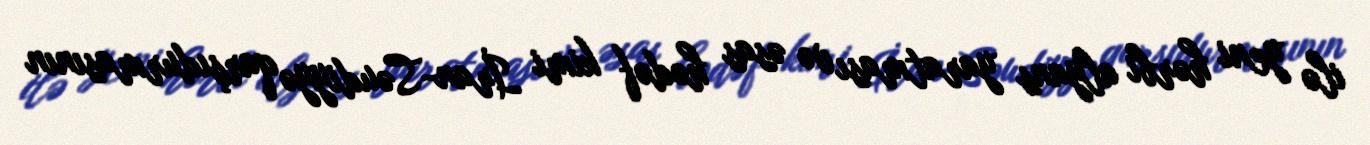
ilə yeni hərbi alyans yaratması və əsas hədəf kimi İran-Səudiyyə qarşıdurmasının